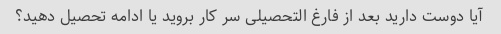
آیا دوست دارید بعد از فارغ التحصیلی سر کار بروید یا ادامه تحصیل دهید؟